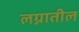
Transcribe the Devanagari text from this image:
लग्नातील